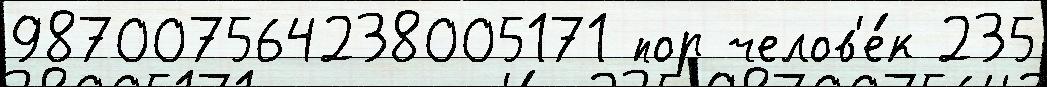
987007564238005171 пор челов'е́к 235